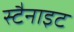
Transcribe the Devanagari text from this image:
स्टैनाइट